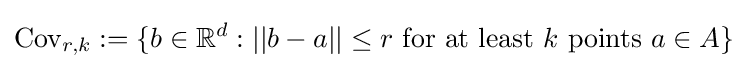
\operatorname {Cov} _{r,k}:=\{b\in \mathbb {R} ^{d}:||b-a||\leq r{\text{ for at least }}k{\text{ points }}a\in A\}